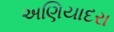
અણિયાદરા